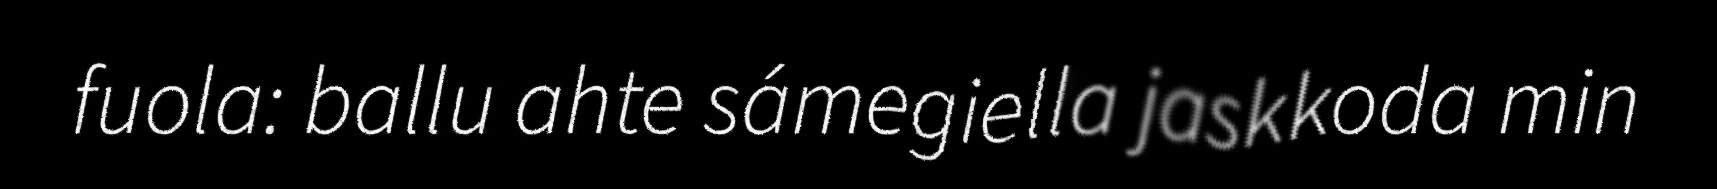
fuola: ballu ahte sámegiella jaskkoda min